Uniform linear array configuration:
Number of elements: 24
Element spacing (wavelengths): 1
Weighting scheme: binomial
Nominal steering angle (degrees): -15
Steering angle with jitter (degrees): -16.605
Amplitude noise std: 0.05
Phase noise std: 0.05

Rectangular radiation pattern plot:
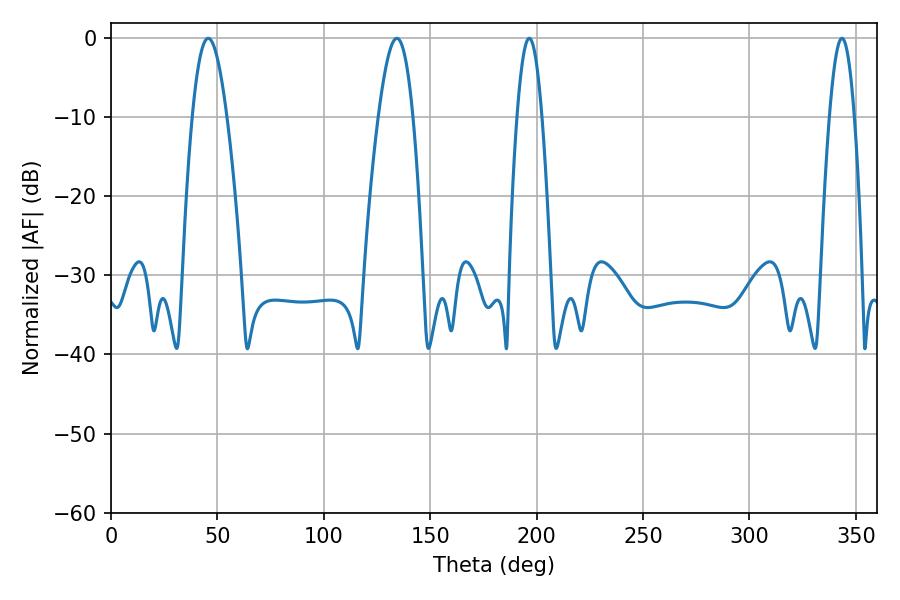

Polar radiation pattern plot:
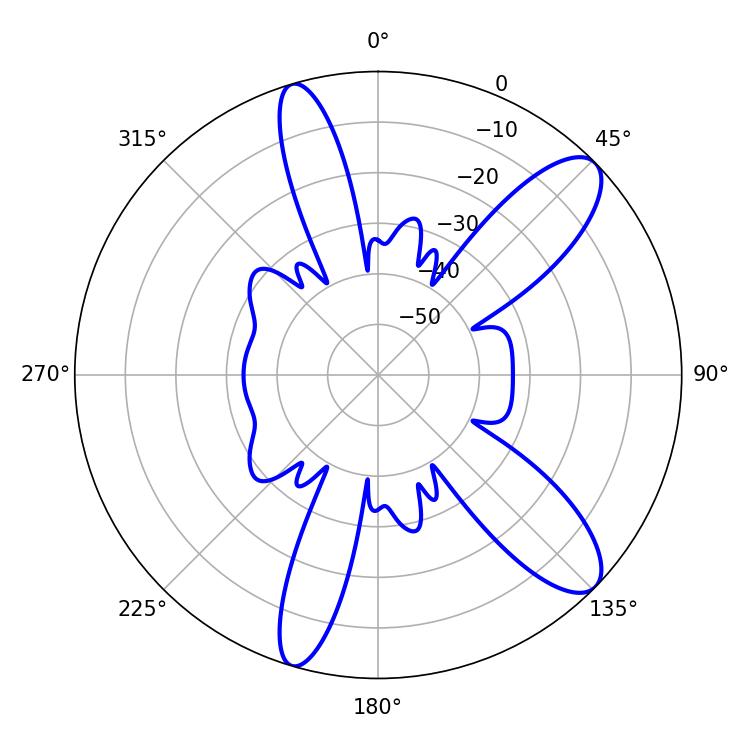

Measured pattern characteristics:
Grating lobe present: TRUE
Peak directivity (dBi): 10.692
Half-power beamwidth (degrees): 6.48
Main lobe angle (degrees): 196.56